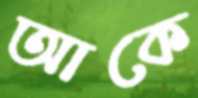
আকে